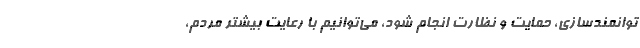
توانمندسازی، حمایت و نظارت انجام شود، می‌توانیم با رعایت بیشتر مردم،